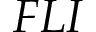
F L I